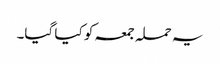
یہ حملہ جمعہ کو کیا گیا۔